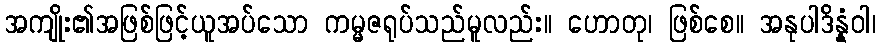
အကျိုး၏အဖြစ်ဖြင့်ယူအပ်သော ကမ္မဇရုပ်သည်မူလည်း။ ဟောတု၊ ဖြစ်စေ။ အနုပါဒိန္နံဝါ၊